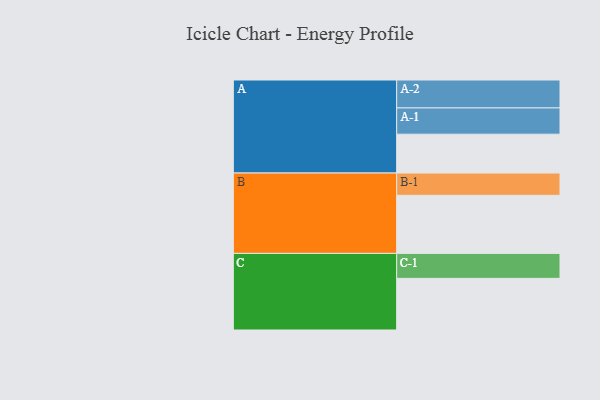
{"axis": {"x": "Segment", "y": "Value"}, "legend": ["", "A", "B", "C"], "data": [{"x": "A", "y": 352, "type": ""}, {"x": "B", "y": 526, "type": ""}, {"x": "C", "y": 468, "type": ""}, {"x": "A-1", "y": 238, "type": "A"}, {"x": "A-2", "y": 253, "type": "A"}, {"x": "B-1", "y": 202, "type": "B"}, {"x": "C-1", "y": 226, "type": "C"}]}